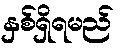
နှစ်ရှိရမည်